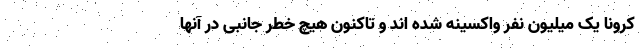
کرونا یک میلیون نفر واکسینه شده اند و تاکنون هیچ خطر جانبی در آنها